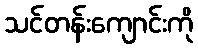
သင်တန်းကျောင်းကို